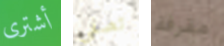
أشترى تصفي مقرفة